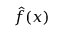
\hat { f } ( x )